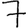
Digit: 7